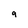
Character: 9